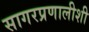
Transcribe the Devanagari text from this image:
सागरप्रणालीशी